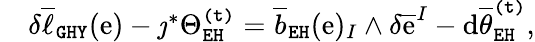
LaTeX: \begin{array}{rl}&{\delta\overline{{\ell}}_{\mathtt{GHY}}(\mathrm{e})-\jmath^{*}\Theta_{\mathtt{EH}}^{\mathtt{(t)}}=\overline{{b}}_{\mathtt{EH}}(\mathrm{e})_{I}\wedge\delta\overline{{\mathrm{e}}}^{I}-\mathrm{d}\overline{{\theta}}_{\mathtt{EH}}^{\mathtt{(t)}},}\end{array}